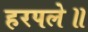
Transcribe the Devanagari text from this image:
हरपले॥